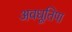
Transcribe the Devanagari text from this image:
अवधूतिपा